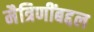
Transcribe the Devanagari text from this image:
मैत्रिणींबद्दल